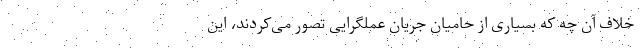
خلاف آن چه که بسیاری از حامیان جریان عملگرایی تصور می‌کردند، این